Punjab Mental Hospital Lahore 1922-31 - 1922-1931
Year: 1922
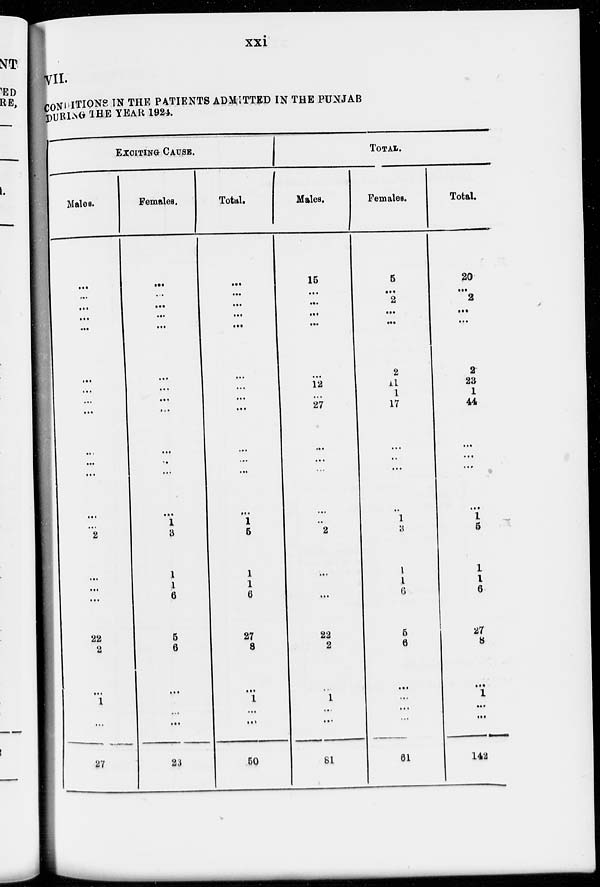
xxi
VII.
CONDITIONS IN THE PATIENTS ADMITTED IN THE PUNJAB
DURING THE YEAR 1924.
EXCITING CAUSE.
Males.
...
...
...
...
...
...
...
...
...
...
...
...
...
...
2
...
...
...
22
2
...
1
...
...
27
Females.
...
...
...
...
...
...
...
...
...
...
...
...
...
1
3
1
1
6
5
6
...
...
...
...
23
Total.
...
...
...
...
...
...
...
...
...
...
...
...
1
5
1
1
6
27
8
...
1
...
...
50
TOTAL.
Males.
15
...
...
...
...
...
12
...
27
...
...
...
...
...
2
...
...
22
2
...
1
...
...
81
Females.
5
...
2
...
...
2
11
1
17
...
...
...
...
1
3
1
1
6
5
6
...
...
...
...
61
Total.
20
...
2
...
...
2
23
1
44
...
...
...
...
1
5
1
1
6
27
8
...
1
...
...
142